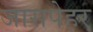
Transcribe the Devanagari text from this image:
जासपेहर